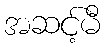
အဆင့်မီ